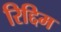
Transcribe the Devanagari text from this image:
रिद्दिम